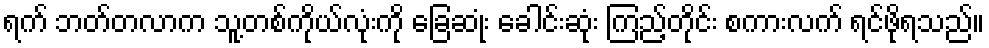
ရက် ဘတ်တလာက သူ့တစ်ကိုယ်လုံးကို ခြေဆုံး ခေါင်းဆုံး ကြည့်တိုင်း စကားလက် ရင်ဖိုရသည်။